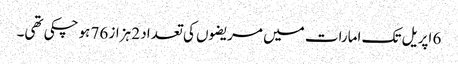
6 اپریل تک امارات میں مریضوں کی تعداد 2 ہزاز 76 ہوچکی تھی۔